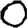
Digit: 0